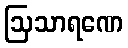
ဩသာရဏေ